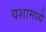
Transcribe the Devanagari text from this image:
यशामध्ये